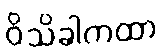
ဝိသိခါကထာ